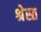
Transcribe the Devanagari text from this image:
श्रेस्त